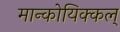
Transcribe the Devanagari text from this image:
मान्कोयिक्कल्